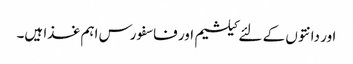
اور دانتوں کے لئے کیلشیم اور فاسفورس اہم غذا ہیں۔